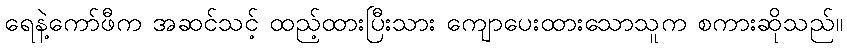
ရေနဲ့ကော်ဖီက အဆင်သင့် ထည့်ထားပြီးသား ကျောပေးထားသောသူက စကားဆိုသည်။